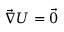
\vec { \nabla } U = \vec { 0 }